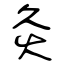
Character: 灸